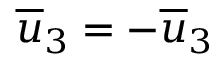
\overline { { u } } _ { 3 } = - \overline { { u } } _ { 3 }